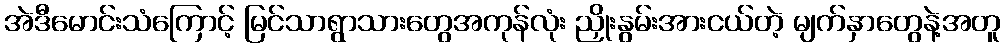
အဲဒီမောင်းသံကြောင့် မြင်သာရွာသားတွေအကုန်လုံး ညှိုးနွမ်းအားငယ်တဲ့ မျက်နှာတွေနဲ့အတူ